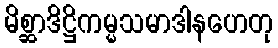
မိစ္ဆာဒိဋ္ဌိကမ္မသမာဒါနဟေတု